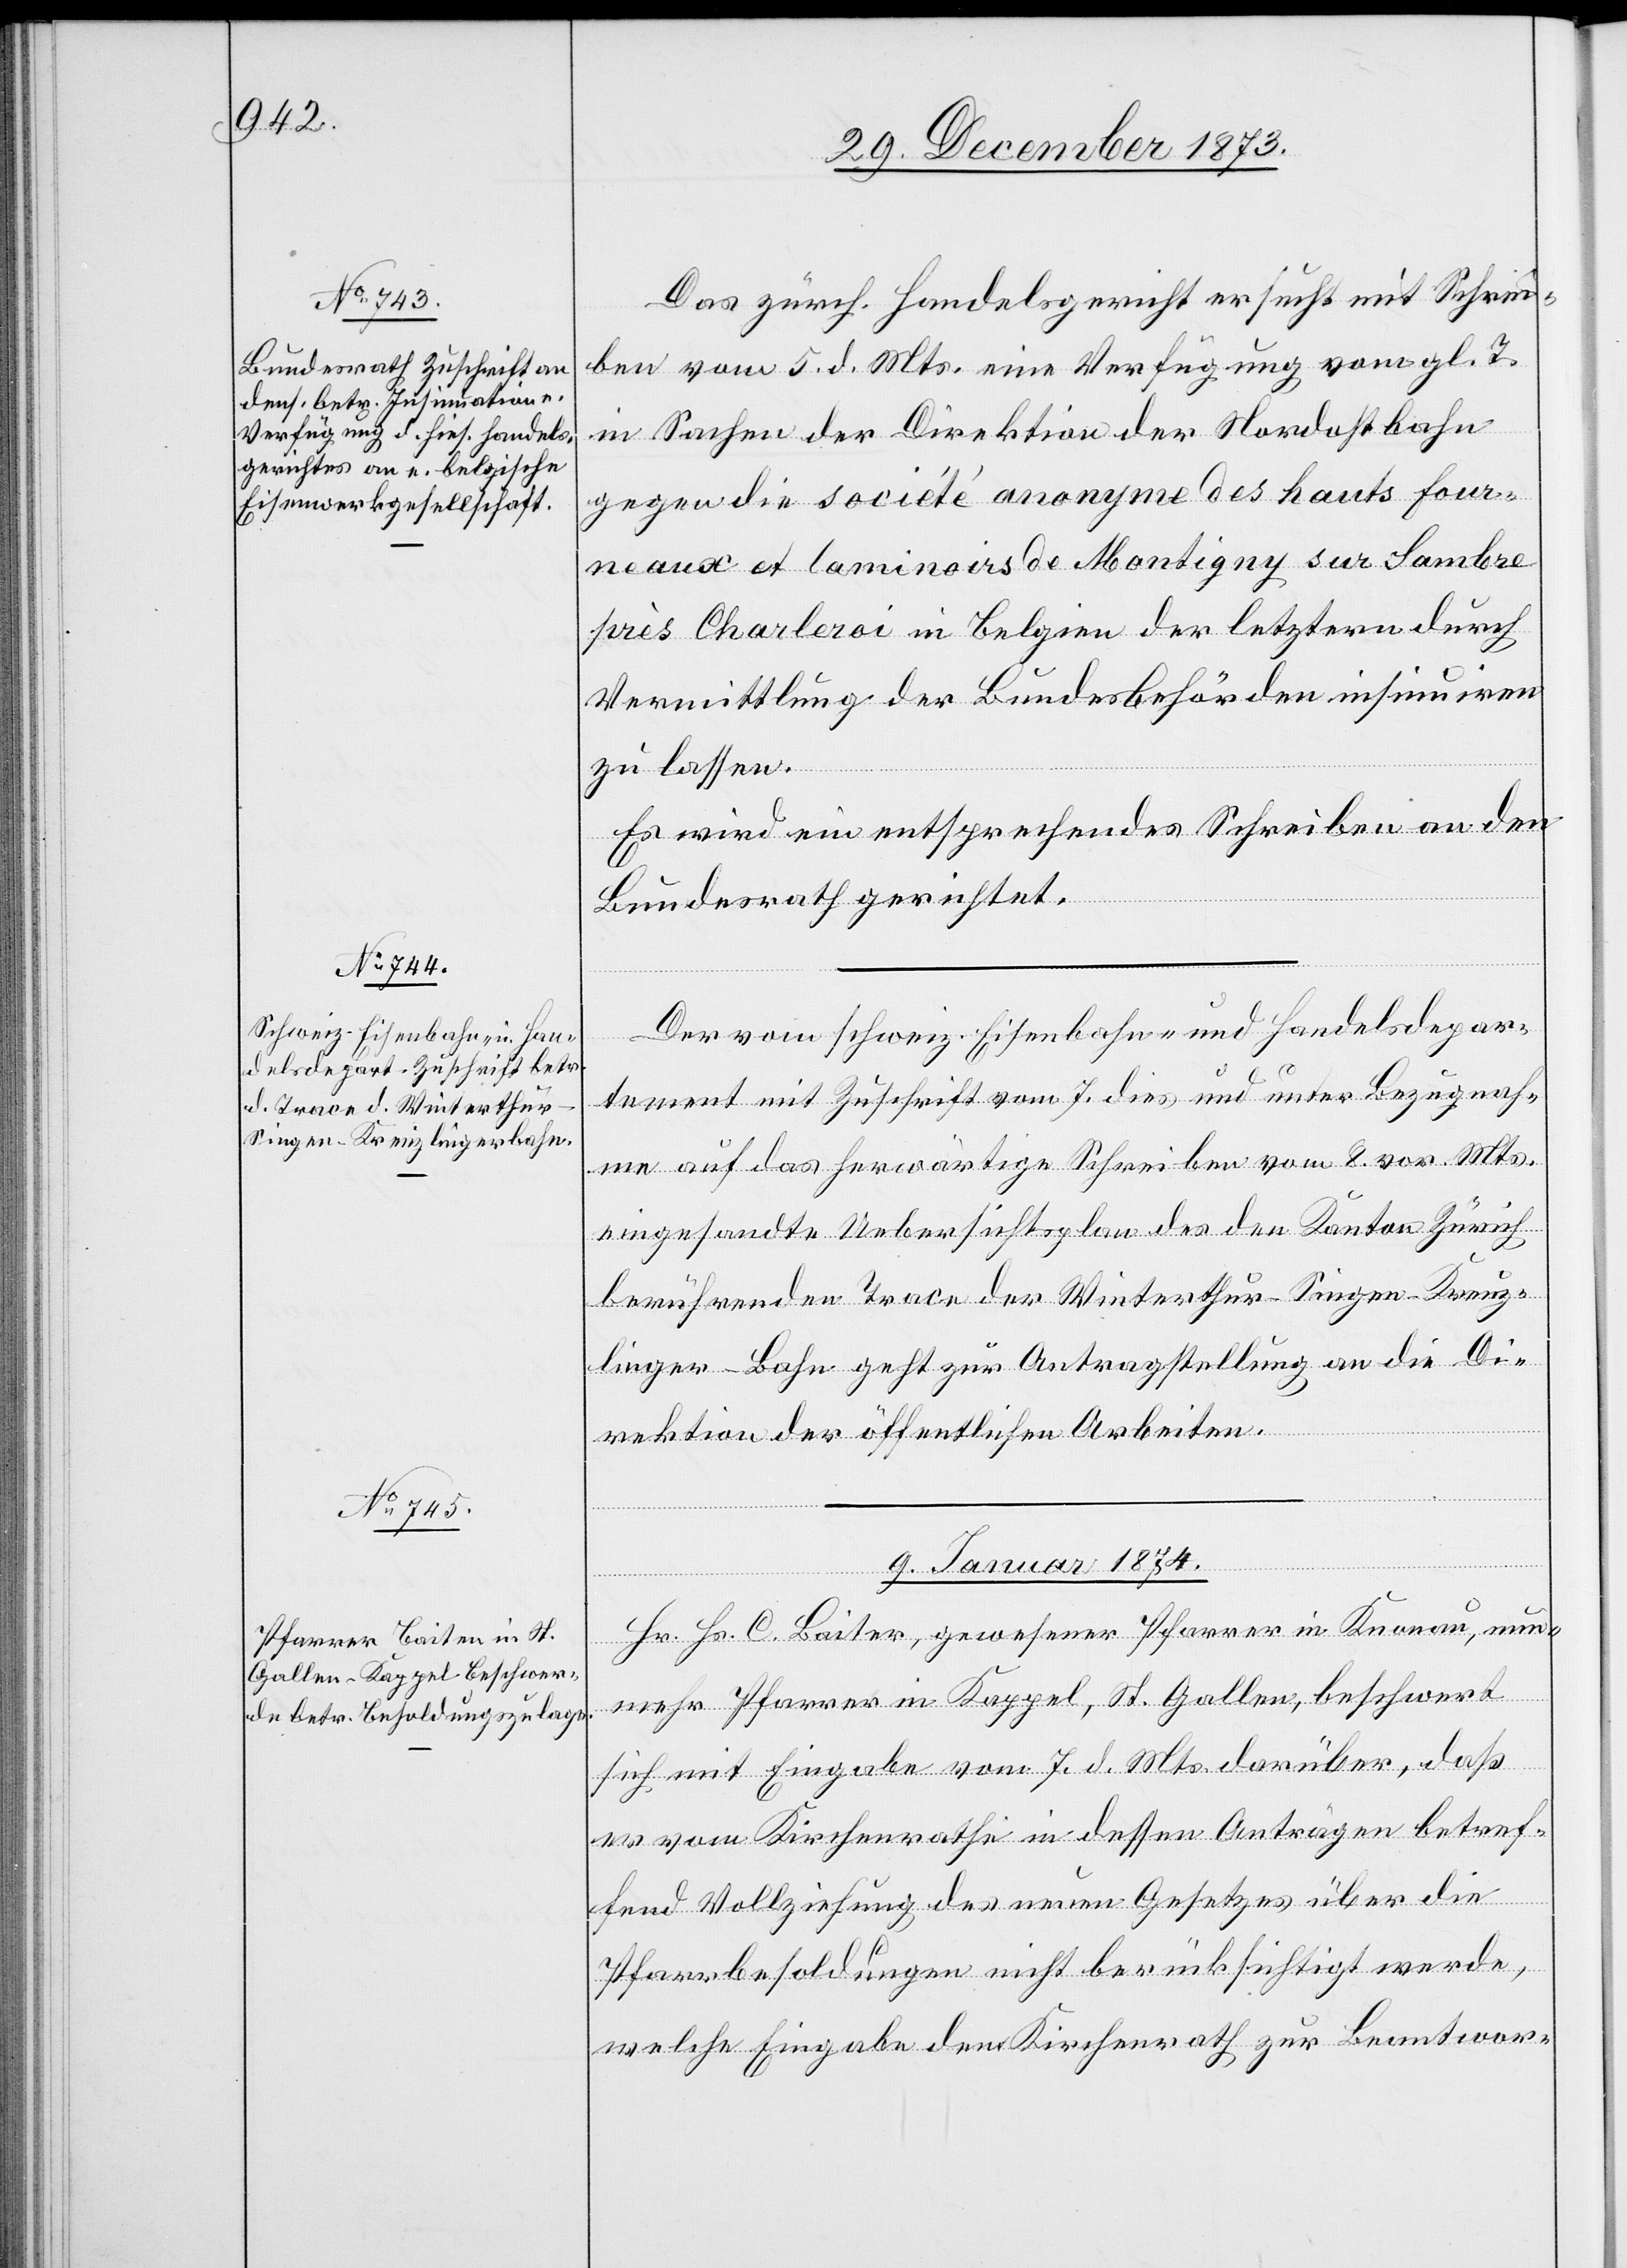
Das zürch. Handelsgericht ersucht mit Schrei¬
ben vom 5. d. Mts. eine Verfügung vom gl. T.
in Sachen der Direktion der Nordostbahn
gegen die société anonyme des hauts fou¬
rneaux et laminoirs de Montigny sur Sambre
près Charleroi in Belgien der letztern durch
Vermittlung der Bundesbehörden insinuiren
zu lassen.
Es wird ein entsprechendes Schreiben an den
Bundesrath gerichtet.
Der vom schweiz. Eisenbahn- und Handelsdepar¬
tement mit Zuschrift vom 7. dies und unter Bezugnah¬
me auf das herwärtige Schreiben vom 8. vor. Mts.
eingesandte Uebersichtsplan des den Kanton Zürich
berührenden Trace der Winterthur–Singen–Kreuz¬
linger-Bahn geht zur Antragstellung an die Di¬
rektion der öffentlichen Arbeiten.
9. Januar 1874.
Hr. Hs. C. Baiter [sic!], gewesener Pfarrer in Knonau, nun¬
mehr Pfarrer in Kappel, St. Gallen, beschwert
sich mit Eingabe vom 7. d. Mts. darüber, daß
er vom Kirchenrathe in dessen Anträgen betref¬
fend Vollziehung des neuen Gesetzes über die
Pfarrbesoldungen nicht berücksichtigt werde,
welche Eingabe dem Kirchenrath zur Beantwor-